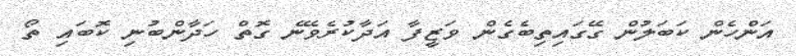
އަންހެން ކަބަލުން ގޭގައިތިބެގެން ވަޒީފާ އަދާކުރެވޭނެ ގޮތް ހަދާންބުނި ކޮބައި ތޯ